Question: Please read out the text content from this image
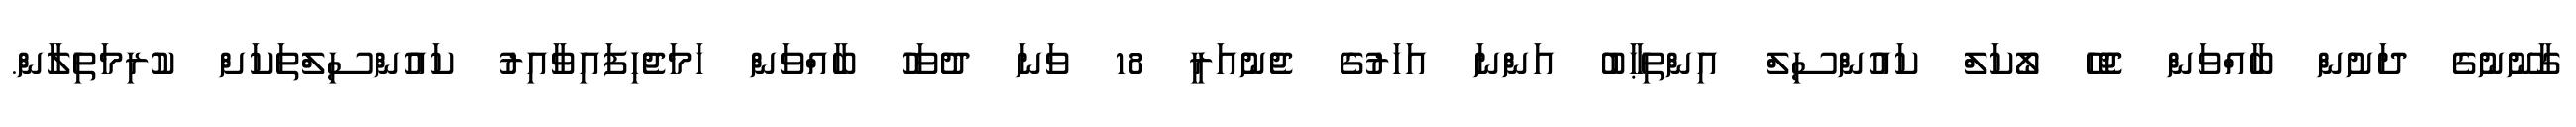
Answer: ގާނޫނުގެ ދަށުން ބާއްވަން ޖެހޭ ލޯކަލް ކައުންސިލް އިންތިޙާބު އަންނަ އަހަރުގެ ޖެނުއަރީ 18 ވަނަ ދުވަހު ބާއްވަން ހަމަޖެހިފައިވާއިރު ކައުންސިލްތަކަށް ކުރިމަތިލާން.